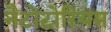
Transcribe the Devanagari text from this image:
नैटोटोरियम